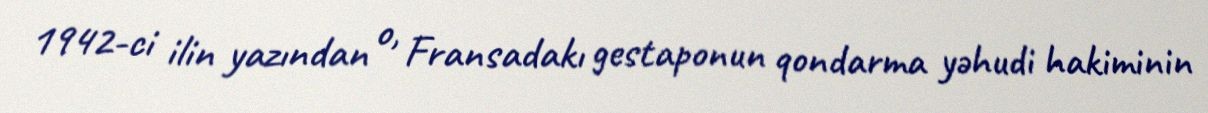
1942-ci ilin yazından o, Fransadakı gestaponun qondarma yəhudi hakiminin